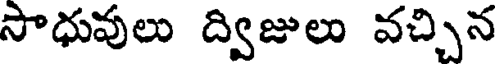
సాధువులు ద్విజులు వచ్చిన